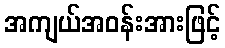
အကျယ်အဝန်းအားဖြင့်